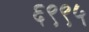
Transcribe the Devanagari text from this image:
६९९५